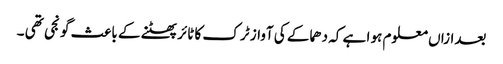
بعدازاں معلوم ہو ا ہے کہ دھماکے کی آواز ٹر ک کا ٹائر پھٹنے کے باعث گو نجی تھی ۔